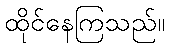
ထိုင်နေကြသည်။